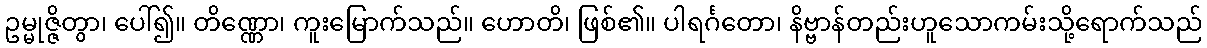
ဥမ္မုဇ္ဇိတွာ၊ ပေါ်၍။ တိဏ္ဏော၊ ကူးမြောက်သည်။ ဟောတိ၊ ဖြစ်၏။ ပါရင်္ဂတော၊ နိဗ္ဗာန်တည်းဟူသောကမ်းသို့ရောက်သည်